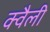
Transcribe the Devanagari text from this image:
क्वैली